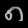
Digit: ၈